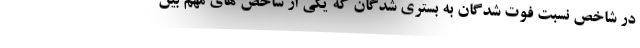
در شاخص نسبت فوت شدگان به بستری شدگان که یکی از شاخص های مهم بین